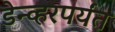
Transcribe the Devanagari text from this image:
डेन्व्हरपर्यंत